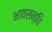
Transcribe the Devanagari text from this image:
भावसन्धि